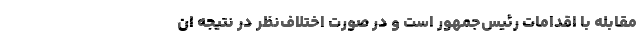
مقابله با اقدامات رئیس‌جمهور است و در صورت اختلاف‌نظر در نتیجه ان